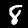
Label: 8